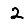
Digit: 2